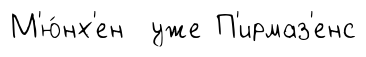
М'ю́нх'ен уже П'ирмаз'енс